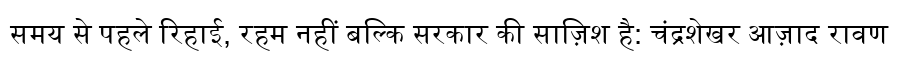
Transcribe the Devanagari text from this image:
समय से पहले रिहाई, रहम नहीं बल्कि सरकार की साज़िश है: चंद्रशेखर आज़ाद रावण